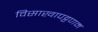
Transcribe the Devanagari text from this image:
विसाखापट्टणम